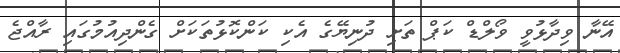
އޭނާ ވިދާޅުވީ ވޯލްޑް ކަޕް ތަށި ދުނިޔޭގެ އެކި ކަންކޮޅުތަކަށް ގެންދިއުމުގައި ރާއްޖެ